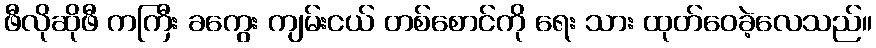
ဖီလိုဆိုဖီ ကကြီး ခကွေး ကျမ်းငယ် တစ်စောင်ကို ရေး သား ထုတ်ဝေခဲ့လေသည်။